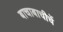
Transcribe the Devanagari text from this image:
बाचाबाचीचें